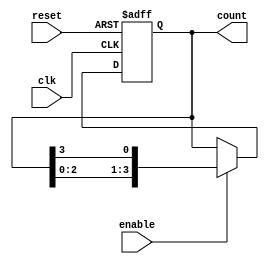
module ring_counter #(
    parameter N = 4 // Parameter to define the number of bits (flip-flops) in the counter
)(
    input wire clk,        // Clock signal
    input wire reset,      // Synchronous reset signal
    input wire enable,     // Enable signal
    output reg [N-1:0] count // Output for the ring counter
);

    // Always block triggered on the rising edge of the clock or reset
    always @(posedge clk or posedge reset) begin
        if (reset) begin
            // Reset the ring counter to '1000...0' state
            count <= 1 << (N - 1); // Initialize: only the last flip-flop is '1'
        end else if (enable) begin
            // Shift the token to the left
            count <= {count[N-2:0], count[N-1]}; // Circulate the '1'
        end
    end

endmodule